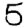
Digit: 5